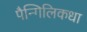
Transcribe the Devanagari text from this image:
पैन्गिलिकधा